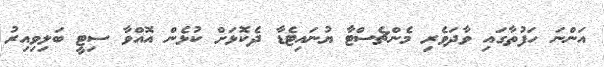
އަންނަ ހަފުތާގައި ވާދަވެރި މެންޗެސްޓާ ޔުނައިޓެޑާ ދެކޮޅަށް ކުޅެން އޮއްވާ ސިޓީ ބަލިވިއިރު